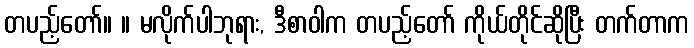
တပည့်တော်။ ။ မလိုက်ပါဘုရား, ဒီစာဝါက တပည့်တော် ကိုယ်တိုင်ဆိုပြီး တက်တာက